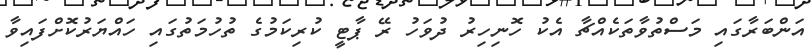
އަންބަރާގައި މަސްތުވާތަކެއްޗާ އެކު ހޮނިހިރު ދުވަހު ރޭ ޕާޓީ ކުރިކަމުގެ ތުހުމަތުގައި ހައްޔަރުކޮށްފައިވާ